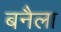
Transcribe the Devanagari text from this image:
बनैला